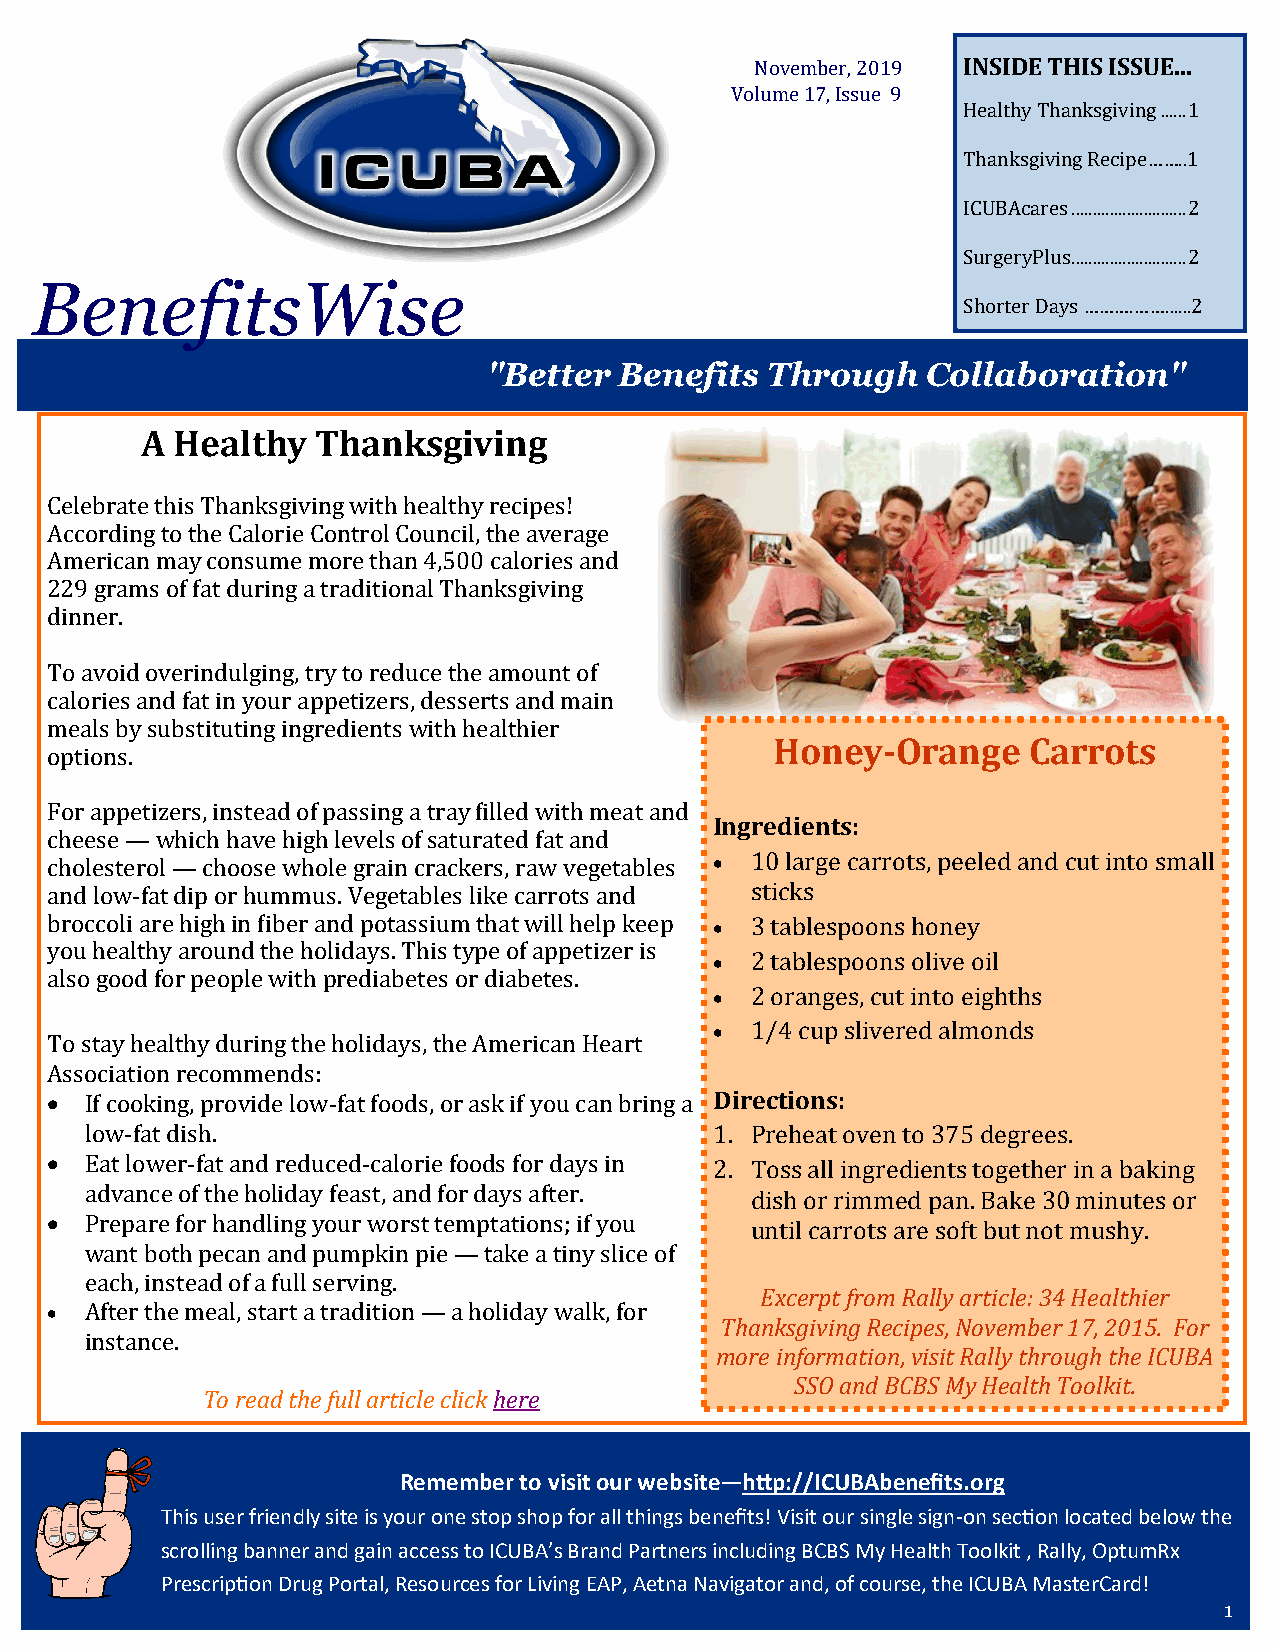
November, 2019 INSIDE THIS ISSUE...
 Volume 17, Issue 9
 Healthy Thanksgiving ...... 1
 Thanksgiving Recipe……..1
 ICUBAcares ........................... 2
 SurgeryPlus ........................... 2
 BenefitsWise
 Shorter Days ……….……......2
 "Better  Benefits  Through   Collaboration"
 A Healthy   Thanksgiving
 Celebrate this Thanksgiving with healthy recipes!
 According to the Calorie Control Council, the average
 American may consume more than 4,500 calories and
 229 grams of fat during a traditional Thanksgiving
 dinner.
 To avoid overindulging, try to reduce the amount of
 calories and fat in your appetizers, desserts and main
 meals by substituting ingredients with healthier
 Honey-Orange     Carrots
 options.
 For appetizers, instead of passing a tray filled with meat and
 Ingredients:
 cheese — which have high levels of saturated fat and
 cholesterol — choose whole grain crackers, raw vegetables • 10 large carrots, peeled and cut into small
 and low-fat dip or hummus. Vegetables like carrots and sticks
 broccoli are high in fiber and potassium that will help keep • 3 tablespoons honey
 you healthy around the holidays. This type of appetizer is
 •  2 tablespoons olive oil
 also good for people with prediabetes or diabetes.
 •  2 oranges, cut into eighths
 •  1/4 cup slivered almonds
 To stay healthy during the holidays, the American Heart
 Association recommends:
 •  If cooking, provide low-fat foods, or ask if you can bring a Directions:
 low-fat dish.                            1. Preheat oven to 375 degrees.
 •  Eat lower-fat and reduced-calorie foods for days in 2. Toss all ingredients together in a baking
 advance of the holiday feast, and for days after. dish or rimmed pan. Bake 30 minutes or
 •  Prepare for handling your worst temptations; if you until carrots are soft but not mushy.
 want both pecan and pumpkin pie — take a tiny slice of
 each, instead of a full serving.
 Excerpt from Rally article: 34 Healthier
 •  After the meal, start a tradition — a holiday walk, for
 Thanksgiving Recipes, November 17, 2015. For
 instance.
 more information, visit Rally through the ICUBA
 SSO and BCBS My Health Toolkit.
 To read the full article click here
 Remember to visit our website—http://ICUBAbenefits.org
 This user friendly site is your one stop shop for all things benefits! Visit our single sign-on section located below the
 scrolling banner and gain access to ICUBA’s Brand Partners including BCBS My Health Toolkit , Rally, OptumRx
 Prescription Drug Portal, Resources for Living EAP, Aetna Navigator and, of course, the ICUBA MasterCard!
 1